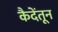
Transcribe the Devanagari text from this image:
कैदेंतून